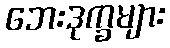
ဘေးဒုက္ခများ